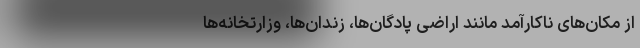
از مکان‌های ناکارآمد مانند اراضی پادگان‌ها، زندان‌ها، وزارتخانه‌ها